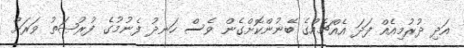
އަދި ދުރުމިއެއް ފަދަ އެއްޗެއްގެ ބޭނުންކޮށްގެން ވެސް ހަނދު ފެނުމުގެ ފުރުޞަތު ވަރަށް